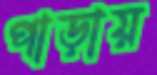
পাড়ায়